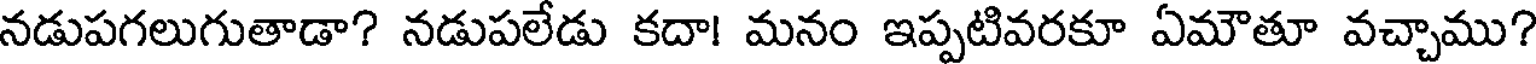
నడుపగలుగుతాడా? నడుపలేడు కదా! మనం ఇప్పటివరకూ ఏమౌతూ వచ్చాము?